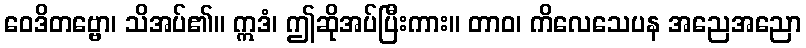
ဝေဒိတဗ္ဗော၊ သိအပ်၏။ ဣဒံ၊ ဤဆိုအပ်ပြီးကား။ တာဝ၊ ကိလေသေပန အညေအညော